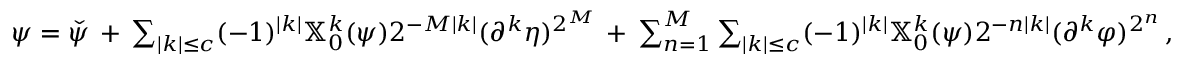
\begin{array} { r } { \psi = \check { \psi } \, + \, \sum _ { | k | \leq c } ( - 1 ) ^ { | k | } \mathbb { X } _ { 0 } ^ { k } ( \psi ) 2 ^ { - M | k | } ( \partial ^ { k } \eta ) ^ { 2 ^ { M } } \, + \, \sum _ { n = 1 } ^ { M } \sum _ { | k | \leq c } ( - 1 ) ^ { | k | } \mathbb { X } _ { 0 } ^ { k } ( \psi ) 2 ^ { - n | k | } ( \partial ^ { k } \varphi ) ^ { 2 ^ { n } } \, , } \end{array}